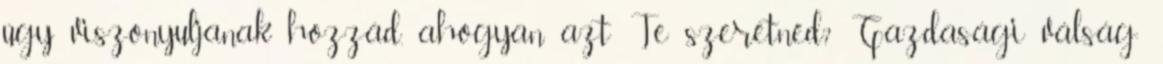
úgy viszonyuljanak hozzád, ahogyan azt Te szeretnéd? Gazdasági válság: